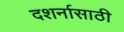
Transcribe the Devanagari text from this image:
दशर्नासाठी